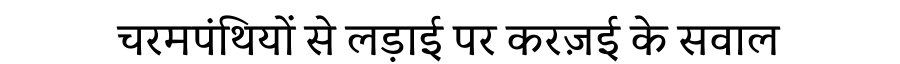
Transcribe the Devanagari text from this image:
चरमपंथियों से लड़ाई पर करज़ई के सवाल